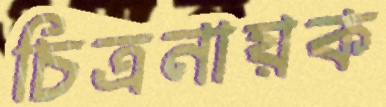
চিত্রনায়ক